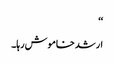
‘‘
ارشد خاموش رہا۔